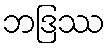
ဘဒြဿ